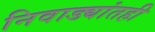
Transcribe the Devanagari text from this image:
निवाड्यांतही